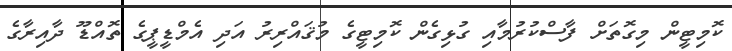
ކޮމިޓީން މިގޮތަށް ފާސްކުރުމާއި ގުޅިގެން ކޮމިޓީގެ މުޤައްރިރު އަދި އެމްޑީޕީގެ ތޮއްޑޫ ދާއިރާގެ